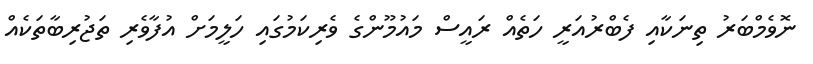
ނޮވެމްބަރު ތިނަކާއި ފެބްރުއަރީ ހަތެއް ރައީސް މައުމޫންގެ ވެރިކަމުގައި ހަލީމަށް އުފާވެރި ތަޖުރިބާތަކެއް